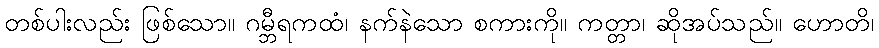
တစ်ပါးလည်း ဖြစ်သော။ ဂမ္ဘီရကထံ၊ နက်နဲသော စကားကို။ ကတ္တာ၊ ဆိုအပ်သည်။ ဟောတိ၊